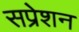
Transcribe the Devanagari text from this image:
सप्रेशन